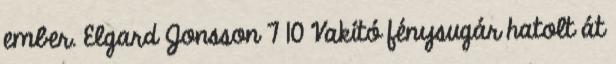
ember. Elgard Jonsson 7 10 Vakító fénysugár hatolt át